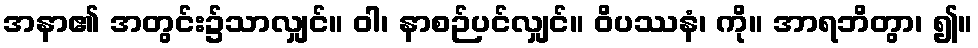
အနာ၏ အတွင်း၌သာလျှင်။ ဝါ၊ နာစဉ်ပင်လျှင်။ ဝိပဿနံ၊ ကို။ အာရဘိတွာ၊ ၍။